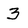
Character: 3